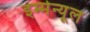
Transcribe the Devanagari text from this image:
इम्मेन्यूल